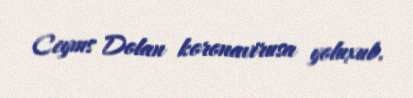
Ceyms Dolan koronavirusa yoluxub.